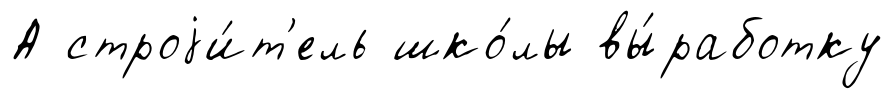
А строjи́т'ель шко́лы вы́работку